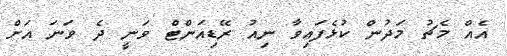
އެއް މެޗު މަދުން ކުޅެފައިވާ ނިއު ރޭޑިއަންޓް ވަނީ ދެ ވަނަ އަށް